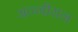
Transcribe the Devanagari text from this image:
अन्नीयन